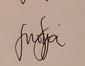
Signature authenticity: genuine